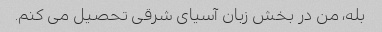
بله، من در بخش زبان آسیای شرقی تحصیل می کنم.